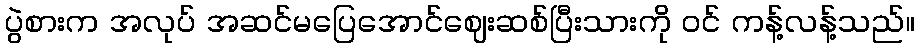
ပွဲစားက အလုပ် အဆင်မပြေအောင်ဈေးဆစ်ပြီးသားကို ဝင် ကန့်လန့်သည်။